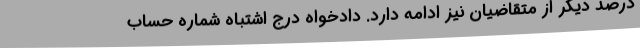
درصد دیگر از متقاضیان نیز ادامه دارد. دادخواه درج اشتباه شماره حساب